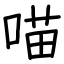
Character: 喵